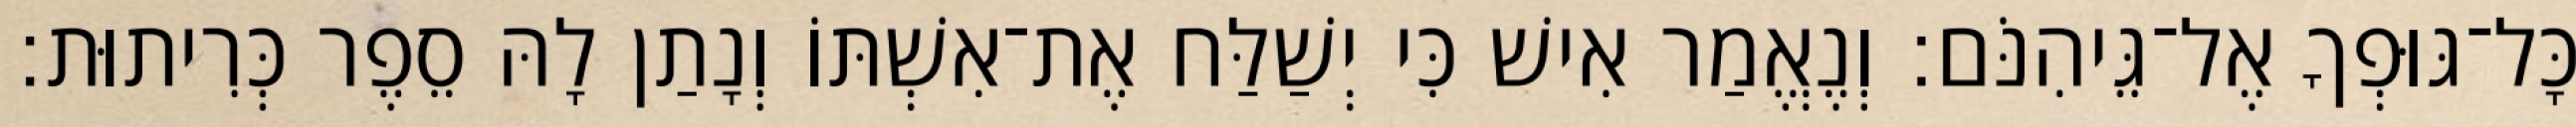
כָּל־גּוּפְךָ אֶל־גֵּיהִנֹּם׃ וְנֶאֱמַר אִישׁ כִּי יְשַׁלַּח אֶת־אִשְׁתּוֹ וְנָתַן לָהּ סֵפֶר כְּרִיתוּת׃